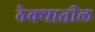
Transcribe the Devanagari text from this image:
ठेक्‍यातील